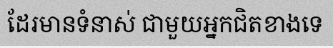
ដែរមានទំនាស់ ជាមួយអ្នកជិតខាងទេ